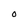
Character: o